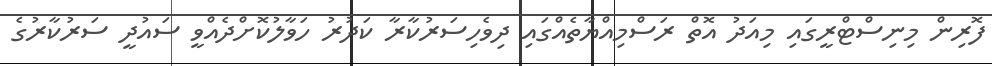
ފޮރިން މިނިސްޓްރީގައި މިއަދު އޮތް ރަސްމިއްޔާތެއްގައި ދިވެހިސަރުކާރާ ކަދުރު ހަވާލުކޮށްދެއްވީ ސައުދީ ސަރުކާރުގެ